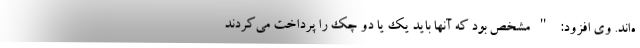
ه‌اند. وی افزود: "مشخص بود که آنها باید یک یا دو چک را پرداخت می‌کردند